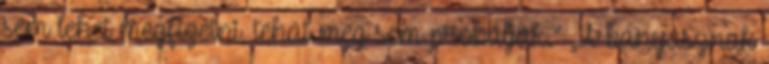
sem lehet megfizetni, tehát meg sem próbálják.” „A bányásznak